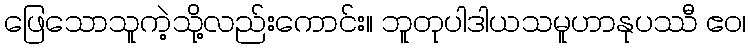
ဖြေသောသူကဲ့သို့လည်းကောင်း။ ဘူတုပါဒါယသမူဟာနုပဿီ ဧဝ၊